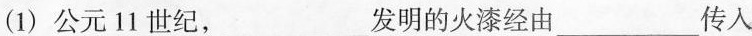
(1)公元11世纪，___发明的火漆经由___传入